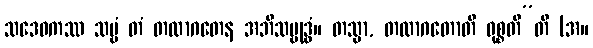
သဒေဝကဿ သဗ္ဗံ တံ တထာဂတေန အဘိသမ္ဗုဒ္ဓံ။ တသ္မာ, တထာဂတောတိ ဝုစ္စတီ”တိ (အ။